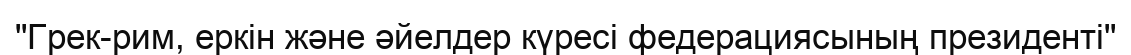
"Грек-рим, еркін және әйелдер күресі федерациясының президенті"